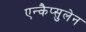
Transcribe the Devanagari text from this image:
एन्कैप्सुलेन